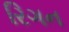
રિગન